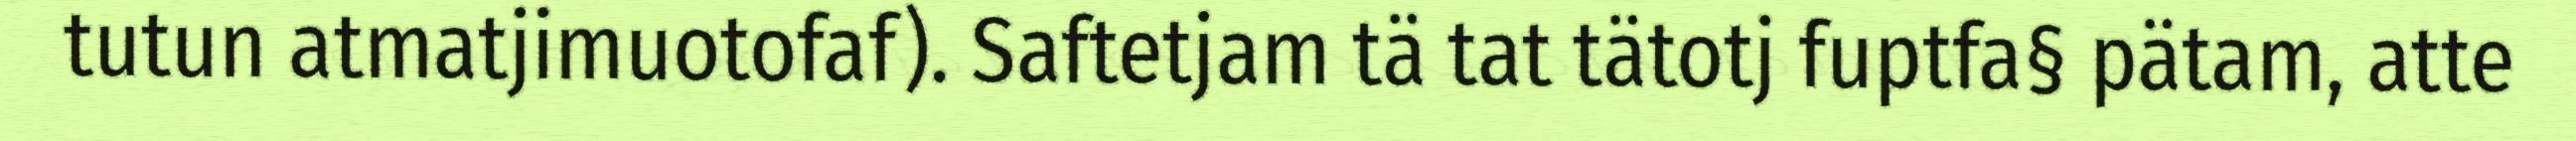
tutun atmatjimuotofaf). Saftetjam tä tat tätotj fuptfa§ pätam, atte